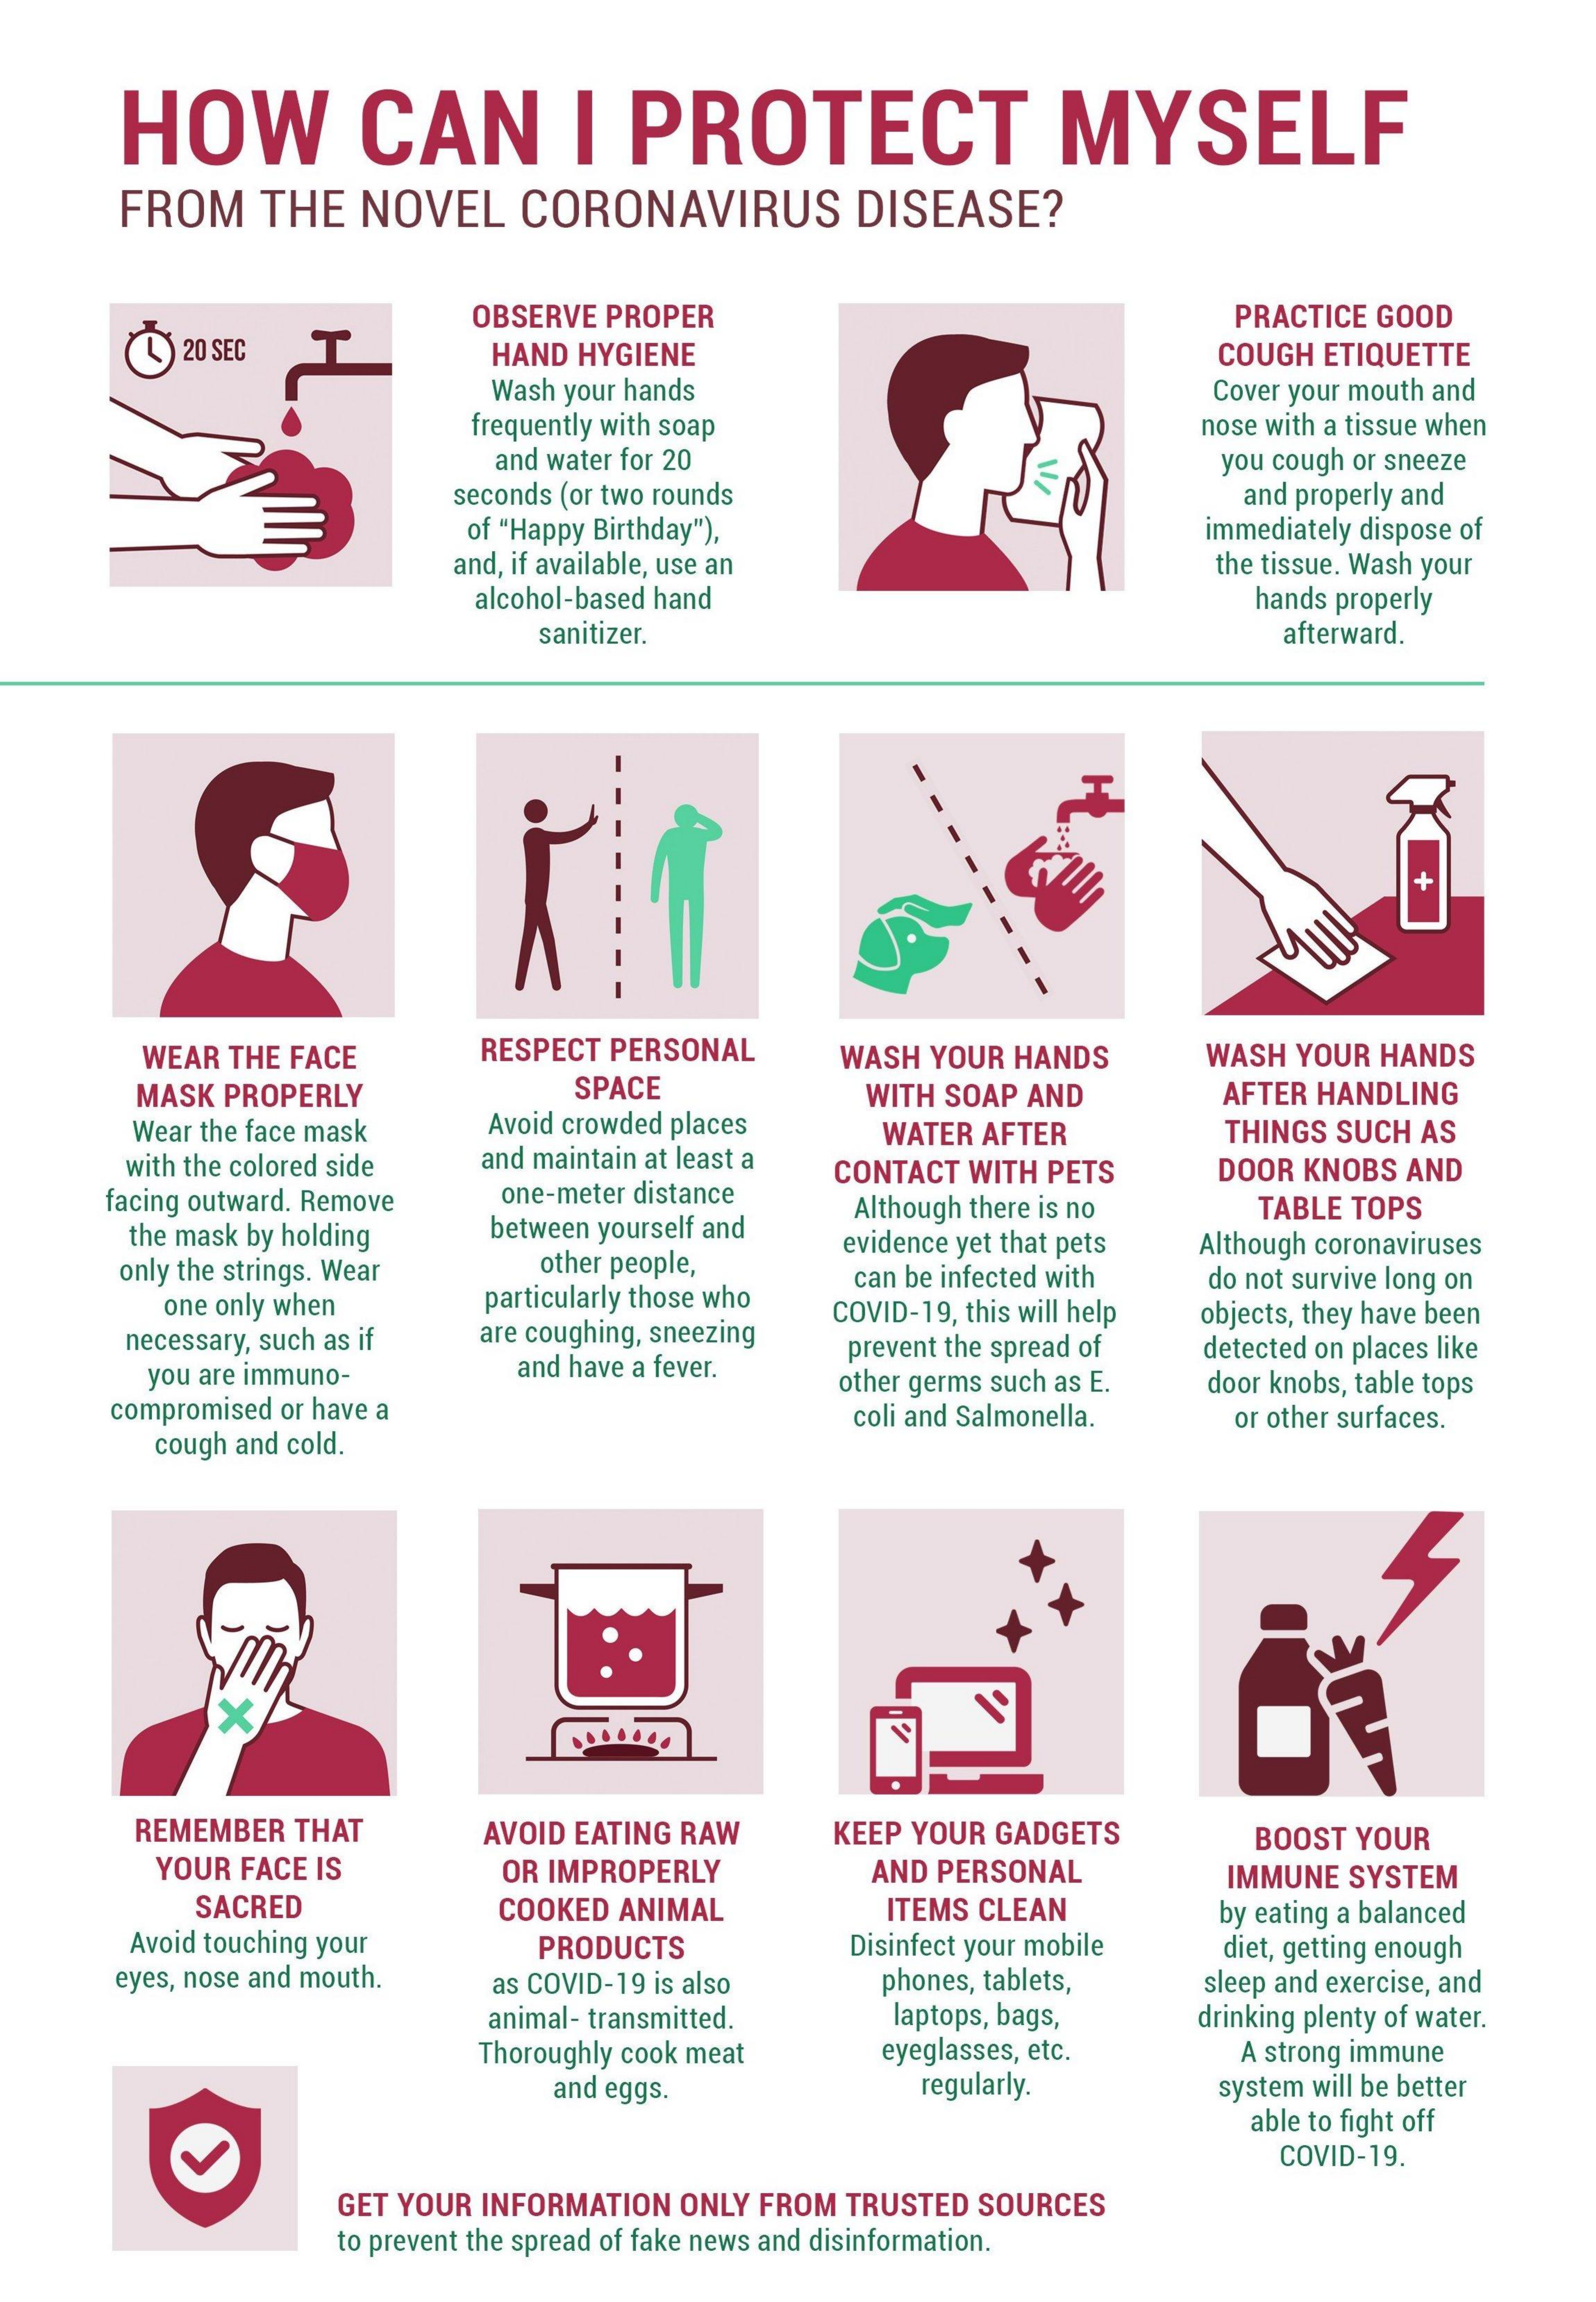
HOW    CAN    I PROTECT    MYSELF
     FROM THE NOVEL CORONAVIRUS  DISEASE?
     OBSERVE PROPER    PRACTICE GOOD
     20 SEC    HAND HYGIENE    COUGH ETIQUETTE
     Wash your hands    Cover your mouth and
     frequently with soap    nose with a tissue when
     and water for 20    you cough or sneeze
     seconds (or two rounds
     of "Happy Birthday"),
     and properly and
     immediately dispose of
     and, if available, use an
     alcohol-based hand
     the tissue. Wash your
     hands properly
     sanitizer.    afterward.
     +
     WEAR THE FACE RESPECT PERSONAL WASH YOUR HANDS WASH YOUR HANDS
     MASK PROPERLY    SPACE    WITH SOAP AND
     Wear the face mask Avoid crowded places
     AFTER HANDLING
     WATER AFTER  THINGS SUCH AS
     with the colored side and maintain at least a
     facing outward. Remove one-meter distance
     CONTACT WITH PETS DOOR KNOBS AND
     the mask by holding between yourself and
     Although there is no TABLE TOPS
     only the strings. Wear other people,
     evidence yet that pets Although coronaviruses
     one only when particularly those who
     can be infected with do not survive long on
     necessary, such as if are coughing, sneezing
     COVID-19, this will help
     prevent the spread of
     objects, they have been
     you are immuno- and have a fever.
     detected on places like
     compromised or have a
     other germs such as E. door knobs, table tops
     cough and cold.
     coli and Salmonella. or other surfaces.
     ×
     REMEMBER THAT AVOID EATING RAW KEEP YOUR GADGETS
     YOUR FACE IS
     BOOST YOUR
     OR IMPROPERLY AND PERSONAL
     SACRED    COOKED ANIMAL
     IMMUNE SYSTEM
     ITEMS CLEAN
     Avoid touching your PRODUCTS Disinfect your mobile
     by eating a balanced
     eyes, nose and mouth.
     diet, getting enough
     as COVID-19 is also phones, tablets,
     animal- transmitted. laptops, bags,
     sleep and exercise, and
     drinking plenty of water.
     Thoroughly cook meat eyeglasses, etc. A strong immune
     and eggs.    regularly.  system will be better
     able to fight off
     COVID-19.
     GET YOUR INFORMATION ONLY FROM TRUSTED SOURCES
     to prevent the spread of fake news and disinformation.